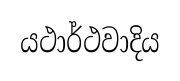
යථාර්ථවාදිය